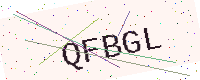
Text: QFBGL